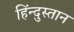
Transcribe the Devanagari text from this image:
हिंन्दुस्तान